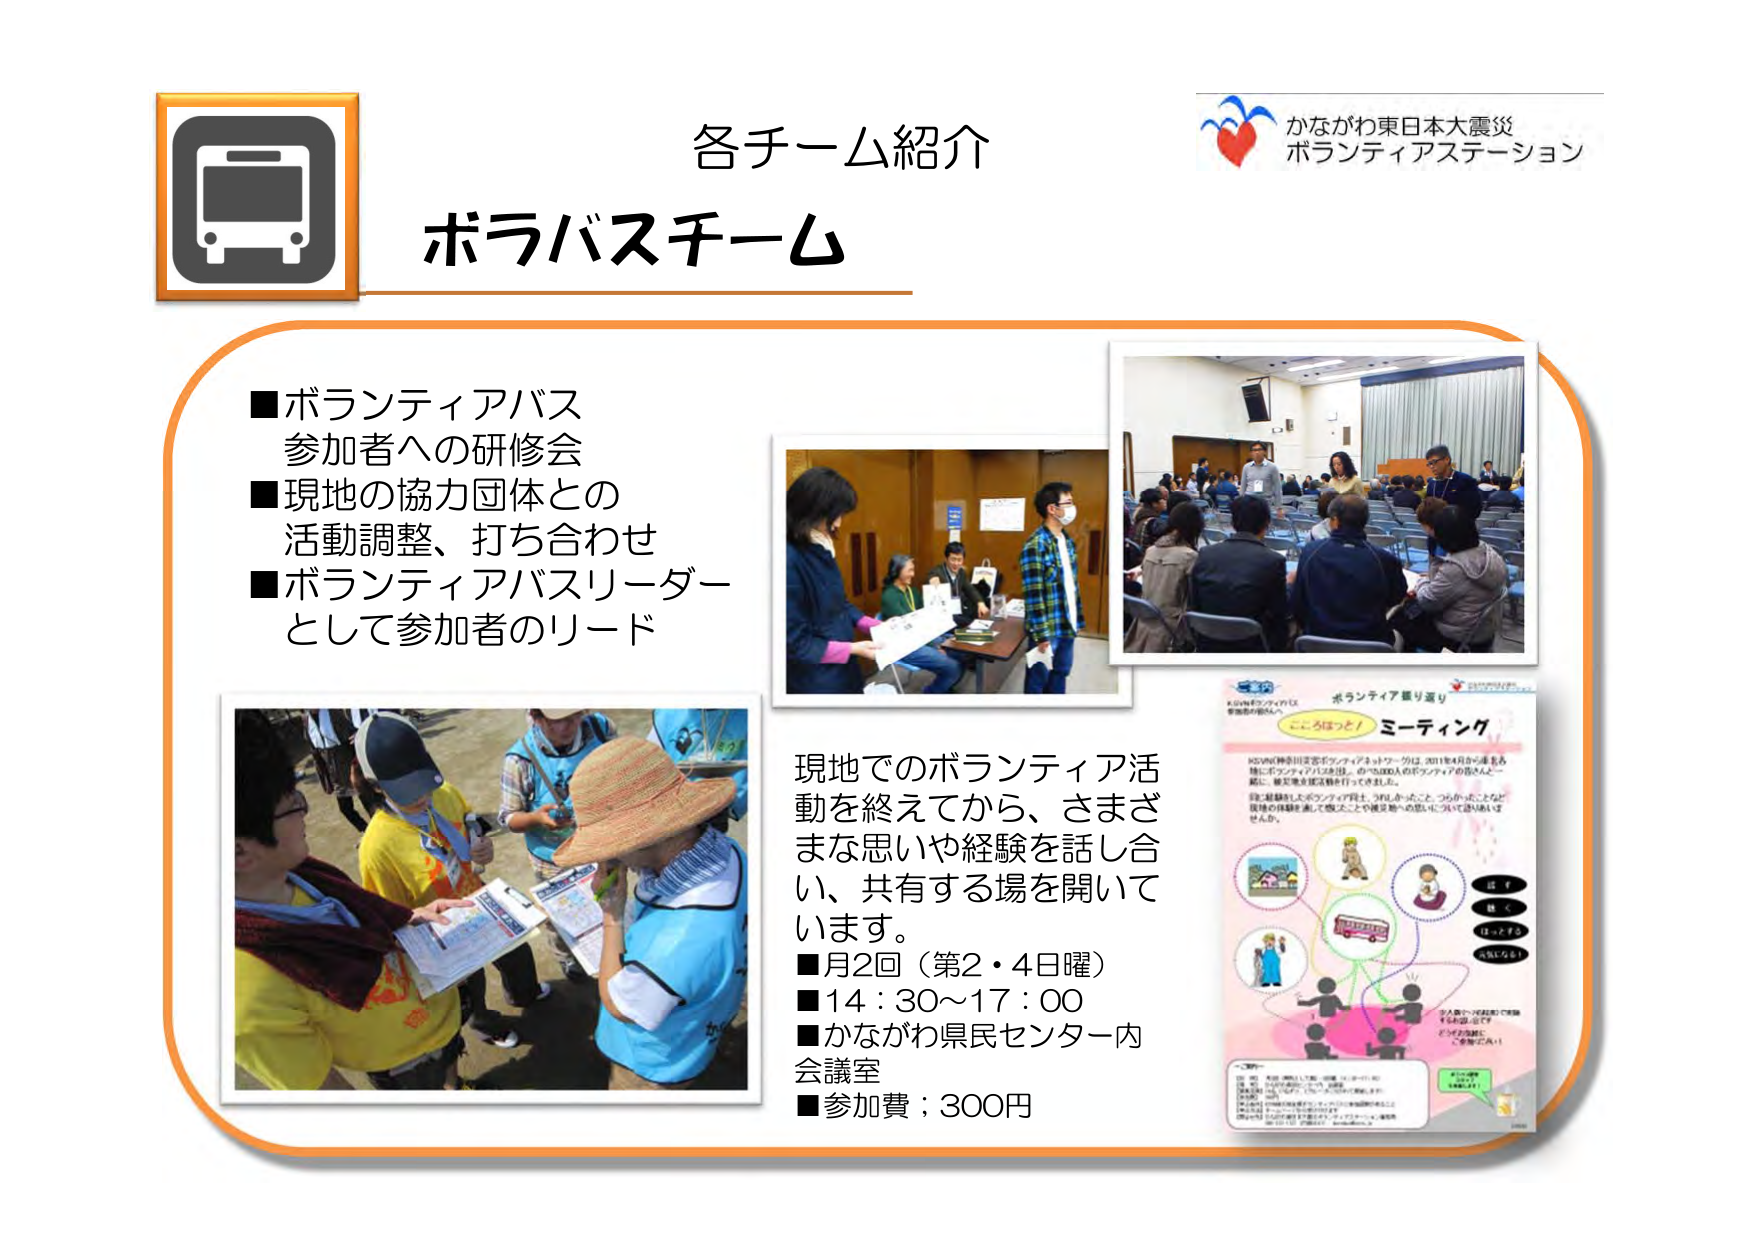
各チーム紹介
ボラバスチーム

■ボランティアバス
参加者への研修会
■現地の協力団体との
活動調整、打ち合わせ
■ボランティアバスリーダー
として参加者のリード

現地でのボランティア活動を終えてから、さまざまな思いや経験を話し合い、共有する場を開いています。
■月2回（第2・4日曜）
■14：30～17：00
■かながわ県民センター内会議室
■参加費；300円

かながわ東日本大震災
ボランティアステーション

こころはっと！ ミーティング
かながわ神奈川区ボランティアネットワークは、2011年4月から毎月、
特にボランティアバスをはじめ、約20,000人のボランティアの皆さんと一緒に、被災地支援活動を行ってきました。
活動を終えたボランティアの皆さま、お疲れ様でした。
今後、経験や思いを共有し、つながりを深め、
「ボランティア活動を通して感じたことや被災地への思い」について語り合いませんか。

（図解：バス、人々、家、子供、大人、手をつなぐシルエットなど）
「はくはくはっすら」
「つながりを大切に！」
「少人数で、心のこもった時間に参加する」
「どうかお気軽にご参加ください！」

（下部の小さな文字：詳細は、かながわ東日本大震災ボランティアステーションまで。）